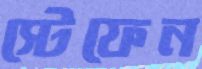
স্টেফেন